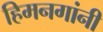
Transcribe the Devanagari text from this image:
हिमनगांनी